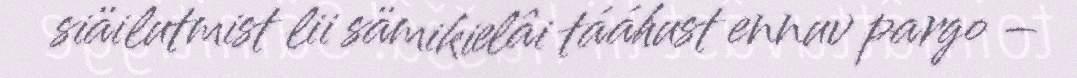
siäilutmist lii sämikielâi tááhust ennuv pargo –